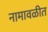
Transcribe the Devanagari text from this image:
नामावळीत